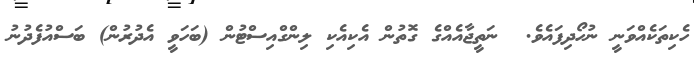
ހެކިތަކެއްވަނީ ނުހޯދިފައެވެ.  ނަތީޖާއެއްގެ ގޮތުން އެކިއެކި ލިންގްއިސްޓުން (ބަހަވީ އެދުރުން) ބަސްއުފެދުނު